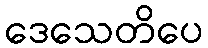
ဒေသေတိပေ